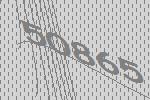
50865